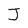
Character: J